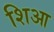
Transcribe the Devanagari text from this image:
शिआ